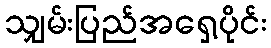
သျှမ်းပြည်အရှေ့ပိုင်း